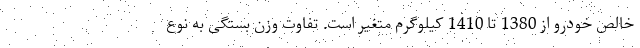
خالص خودرو از 1380 تا 1410 کیلوگرم متغیر است. تفاوت وزن بستگی به نوع